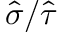
\hat { \sigma } / \hat { \tau }